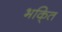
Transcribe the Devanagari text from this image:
भकि्‌त